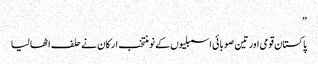
”
پاکستان قومی اور تین صوبائی اسمبلیوں کے نو منتخب ارکان نے حلف اٹھا لیا